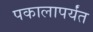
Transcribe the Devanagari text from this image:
पकालापर्यंत